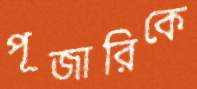
পূজারিকে